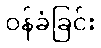
ဝန်ခံခြင်း